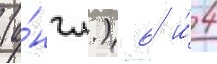
(а́нгл.) 6 и́ 4